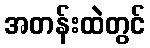
အတန်းထဲတွင်